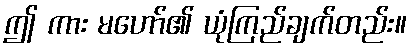
ဤ ကား မဟော်၏ ယုံကြည်ချက်တည်း။